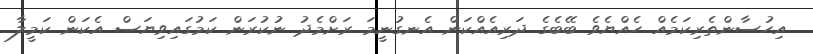
އިހުސާންތެރިކަމެއް ހެއްޔެވެ ބޭބެގެ ދަރިއެއްކަން އެނގުނީމަ ރަށްމެދު ނުކުރަން ކަމުގައިވިޔަސް އެކަން ކަމީލާ